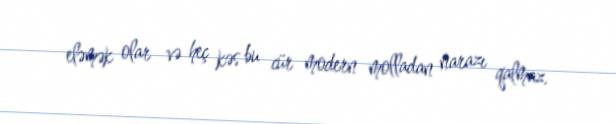
eləmək olar və heç kəs bu cür modern molladan narazı qalmaz.